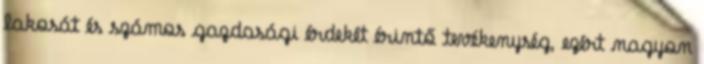
lakosát és számos gazdasági érdekét érintő tevékenység, ezért nagyon